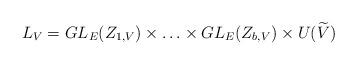
LaTeX: \begin{align*}L_V=GL_E(Z_{1,V})\times\ldots\times GL_E(Z_{b,V})\times U(\widetilde{V})\end{align*}